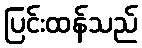
ပြင်းထန်သည်